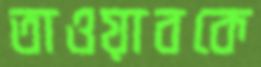
তাওয়াবকে